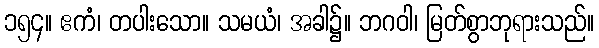
၁၅၄။ ဧကံ၊ တပါးသော။ သမယံ၊ အခါ၌။ ဘဂဝါ၊ မြတ်စွာဘုရားသည်။